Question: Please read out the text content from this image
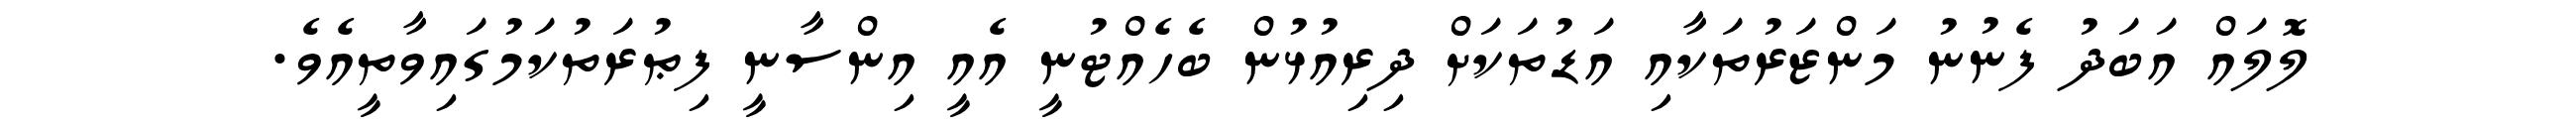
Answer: ލޮލައް އަބަދު ފެނުނު މަންޒަރުތަކާއި އަޑުތަކަށް ދިރިއުޅުން ބެހެއްޓުނީ އެއީ އިންސާނީ ފިޠުރަތުކަމުގައިވާތީއެވެ.